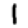
Digit: 1